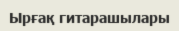
Ырғақ гитарашылары